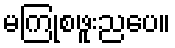
မကြုံစဖူးညပေ။